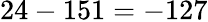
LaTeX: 24-151=-127